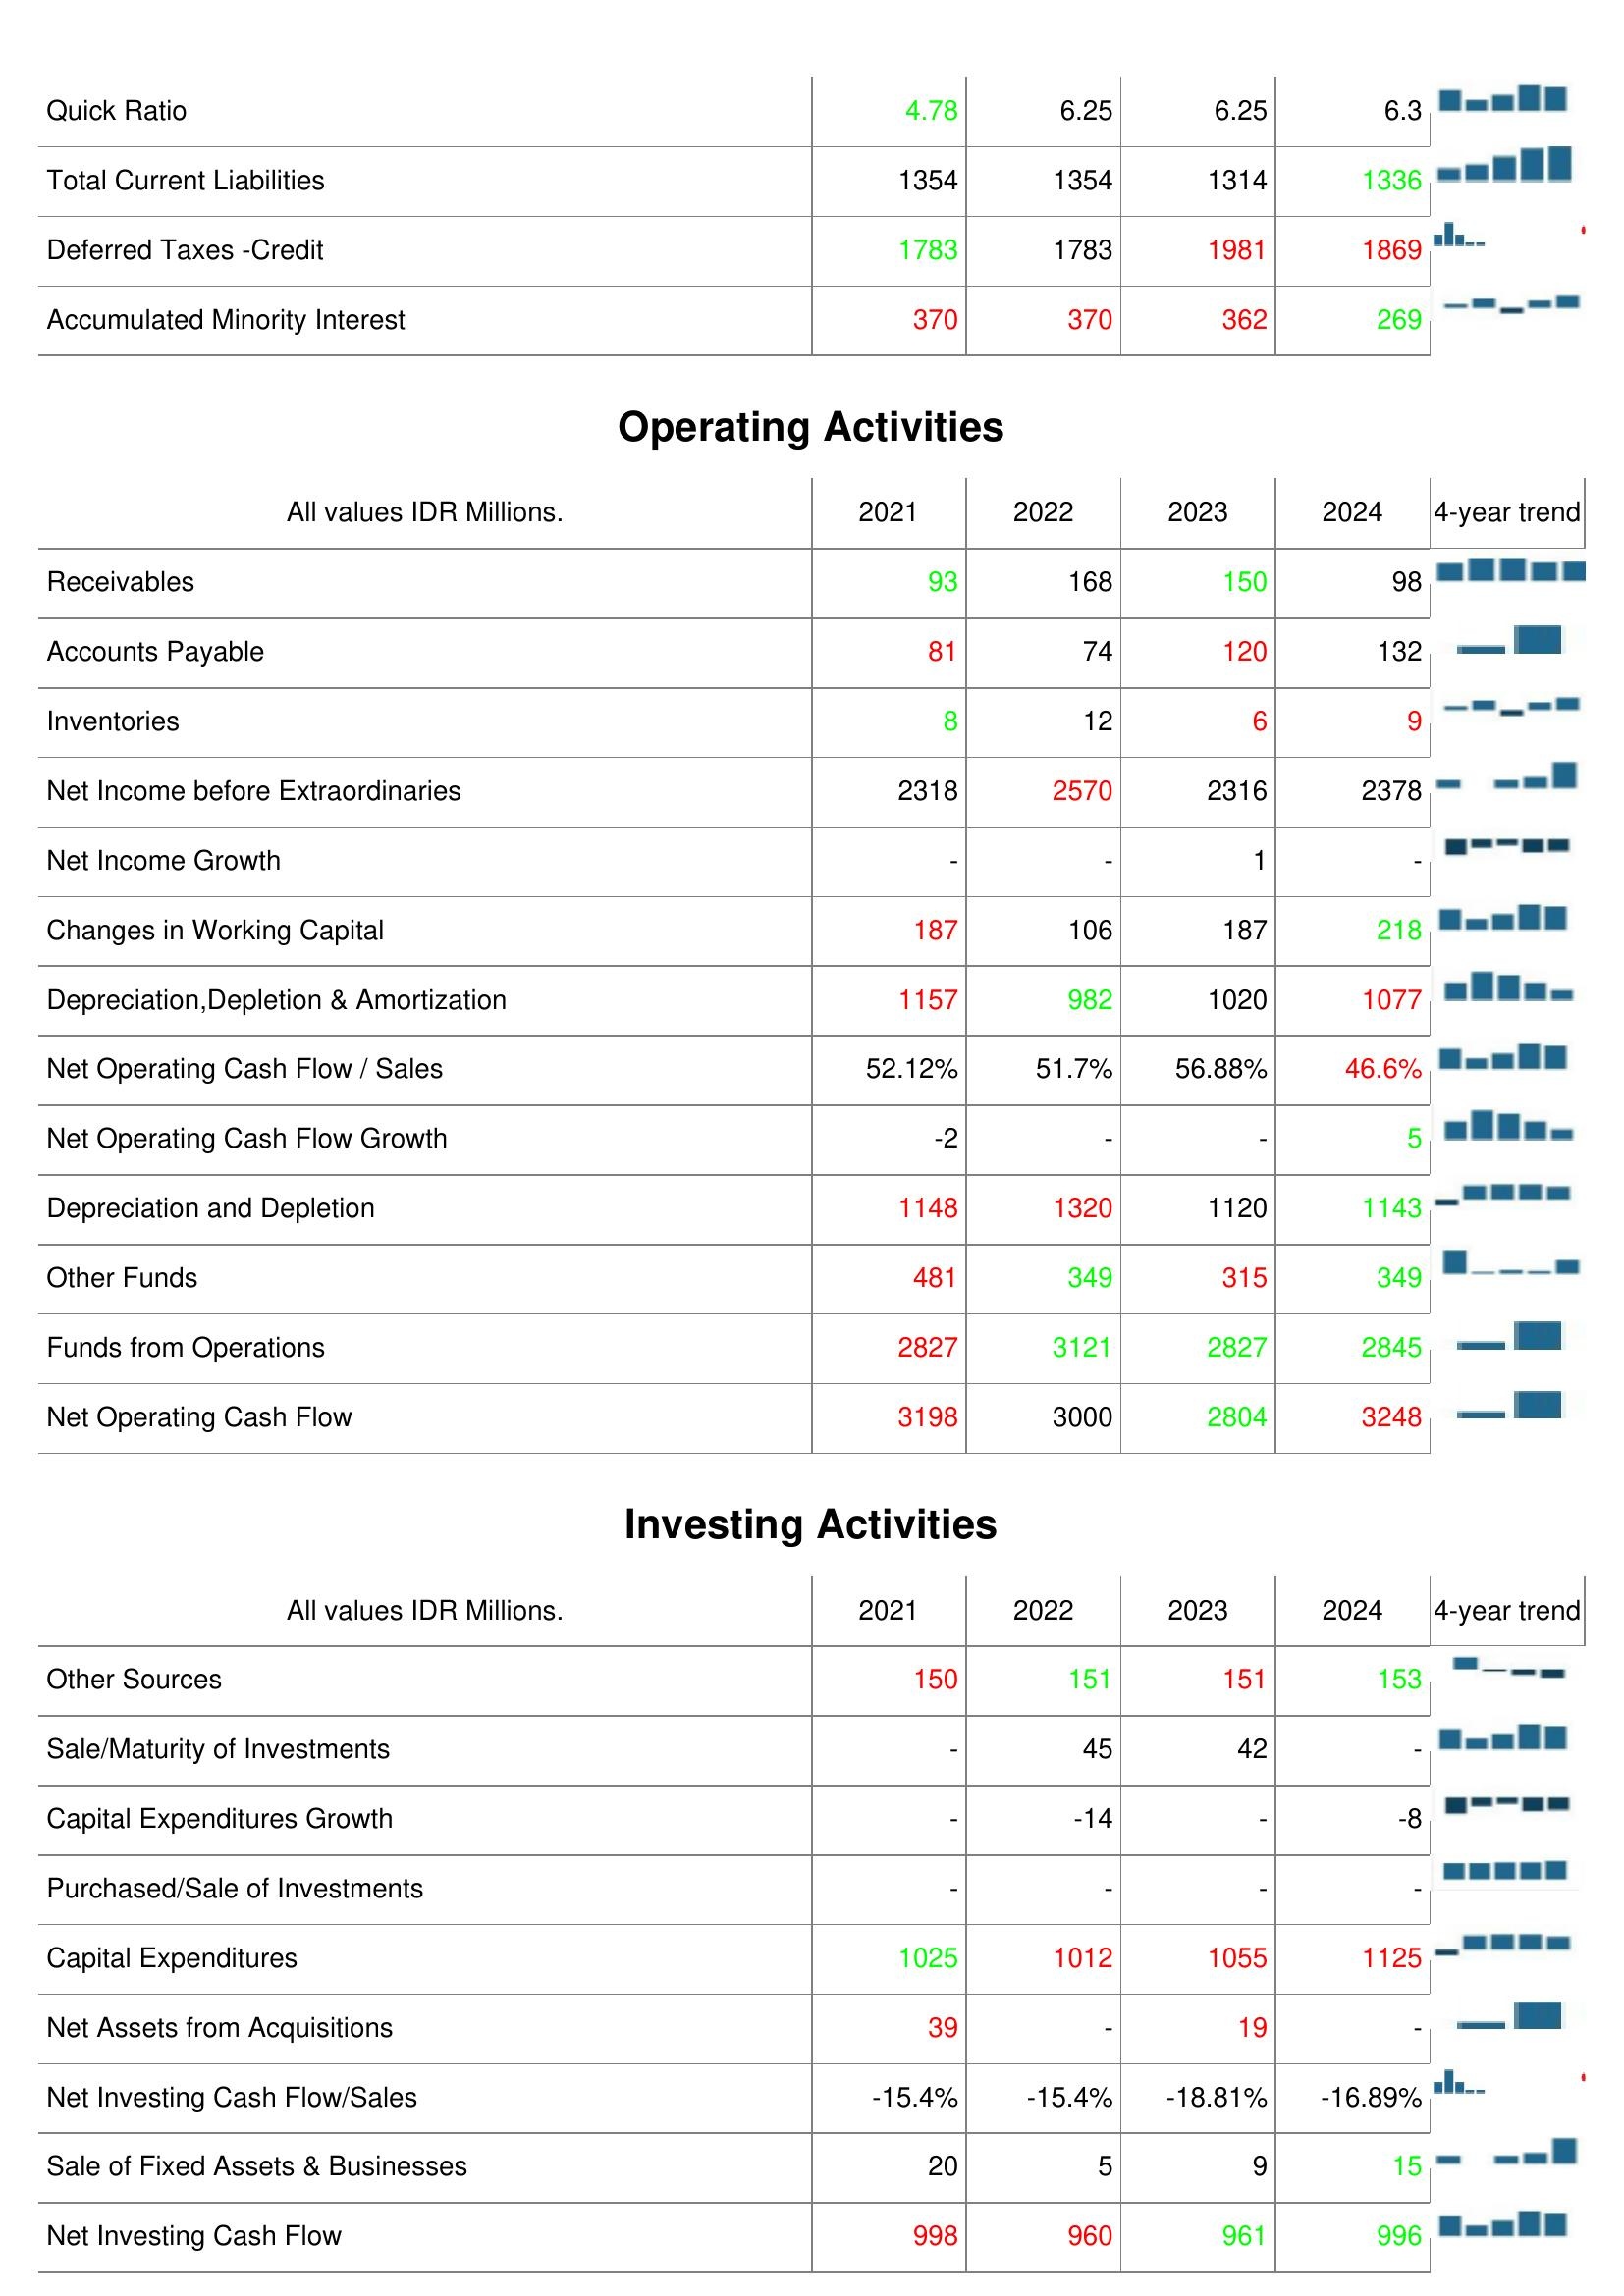
2021: Liabilities & Shareholder's Equity: Quick Ratio: 4.78
Total Current Liabilities: 1354
Deferred Taxes -Credit: 1783
Accumulated Minority Interest: 370
Operating Activities: Receivables: 93
Accounts Payable: 81
Inventories: 8
Net Income before Extraordinaries: 2318
Net Income Growth: -
Changes in Working Capital: 187
Depreciation,Depletion & Amortization: 1157
Net Operating Cash Flow / Sales: 52.12%
Net Operating Cash Flow Growth: -2
Depreciation and Depletion: 1148
Other Funds: 481
Funds from Operations: 2827
Net Operating Cash Flow: 3198
Investing Activities: Other Sources: 150
Sale/Maturity of Investments: -
Capital Expenditures Growth: -
Purchased/Sale of Investments: -
Capital Expenditures: 1025
Net Assets from Acquisitions: 39
Net Investing Cash Flow/Sales: -15.4%
Sale of Fixed Assets & Businesses: 20
Net Investing Cash Flow: 998
2022: Liabilities & Shareholder's Equity: Quick Ratio: 6.25
Total Current Liabilities: 1354
Deferred Taxes -Credit: 1783
Accumulated Minority Interest: 370
Operating Activities: Receivables: 168
Accounts Payable: 74
Inventories: 12
Net Income before Extraordinaries: 2570
Net Income Growth: -
Changes in Working Capital: 106
Depreciation,Depletion & Amortization: 982
Net Operating Cash Flow / Sales: 51.7%
Net Operating Cash Flow Growth: -
Depreciation and Depletion: 1320
Other Funds: 349
Funds from Operations: 3121
Net Operating Cash Flow: 3000
Investing Activities: Other Sources: 151
Sale/Maturity of Investments: 45
Capital Expenditures Growth: -14
Purchased/Sale of Investments: -
Capital Expenditures: 1012
Net Assets from Acquisitions: -
Net Investing Cash Flow/Sales: -15.4%
Sale of Fixed Assets & Businesses: 5
Net Investing Cash Flow: 960
2023: Liabilities & Shareholder's Equity: Quick Ratio: 6.25
Total Current Liabilities: 1314
Deferred Taxes -Credit: 1981
Accumulated Minority Interest: 362
Operating Activities: Receivables: 150
Accounts Payable: 120
Inventories: 6
Net Income before Extraordinaries: 2316
Net Income Growth: 1
Changes in Working Capital: 187
Depreciation,Depletion & Amortization: 1020
Net Operating Cash Flow / Sales: 56.88%
Net Operating Cash Flow Growth: -
Depreciation and Depletion: 1120
Other Funds: 315
Funds from Operations: 2827
Net Operating Cash Flow: 2804
Investing Activities: Other Sources: 151
Sale/Maturity of Investments: 42
Capital Expenditures Growth: -
Purchased/Sale of Investments: -
Capital Expenditures: 1055
Net Assets from Acquisitions: 19
Net Investing Cash Flow/Sales: -18.81%
Sale of Fixed Assets & Businesses: 9
Net Investing Cash Flow: 961
2024: Liabilities & Shareholder's Equity: Quick Ratio: 6.3
Total Current Liabilities: 1336
Deferred Taxes -Credit: 1869
Accumulated Minority Interest: 269
Operating Activities: Receivables: 98
Accounts Payable: 132
Inventories: 9
Net Income before Extraordinaries: 2378
Net Income Growth: -
Changes in Working Capital: 218
Depreciation,Depletion & Amortization: 1077
Net Operating Cash Flow / Sales: 46.6%
Net Operating Cash Flow Growth: 5
Depreciation and Depletion: 1143
Other Funds: 349
Funds from Operations: 2845
Net Operating Cash Flow: 3248
Investing Activities: Other Sources: 153
Sale/Maturity of Investments: -
Capital Expenditures Growth: -8
Purchased/Sale of Investments: -
Capital Expenditures: 1125
Net Assets from Acquisitions: -
Net Investing Cash Flow/Sales: -16.89%
Sale of Fixed Assets & Businesses: 15
Net Investing Cash Flow: 996